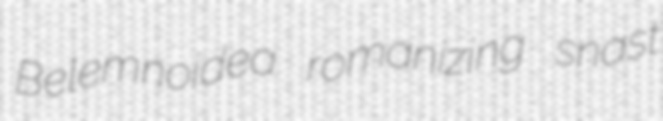
Belemnoidea romanizing snast